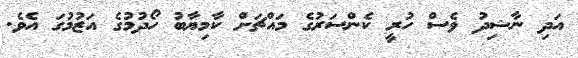
އަދި ނާޝިދު ވެސް ހުރީ ކެންސަރުގެ މައްޗަށް ކާމިޔާބު ހޯދުމުގެ އަޒުމުގަ އެވެ.